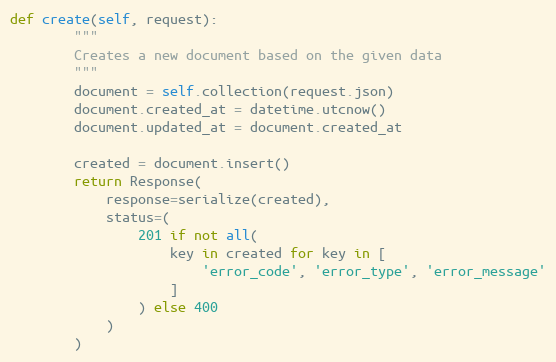
Language: Python
def create(self, request):
        """
        Creates a new document based on the given data
        """
        document = self.collection(request.json)
        document.created_at = datetime.utcnow()
        document.updated_at = document.created_at

        created = document.insert()
        return Response(
            response=serialize(created),
            status=(
                201 if not all(
                    key in created for key in [
                        'error_code', 'error_type', 'error_message'
                    ]
                ) else 400
            )
        )